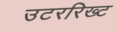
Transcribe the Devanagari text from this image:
उटररिख्ट